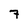
Character: 7